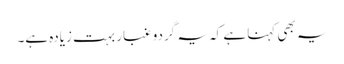
یہ بھی کہنا ہے کہ یہ گردو غبار بہت زیادہ ہے۔